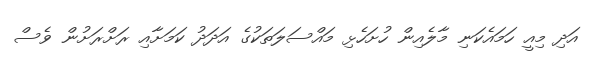
އަދި މިއީ ހަމައެކަނި މާލެއިން ހުށަހެޅި މައްސަލަތަކުގެ އަދަދު ކަމަށާއި ރަށްރަށުން ވެސް